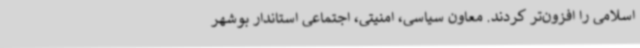
اسلامی را افزون‌تر کردند. معاون سیاسی، امنیتی، اجتماعی استاندار بوشهر